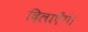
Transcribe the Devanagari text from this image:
दिलाएँगे।